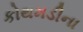
કોથમડીના